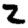
Digit: 2